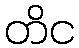
တိင